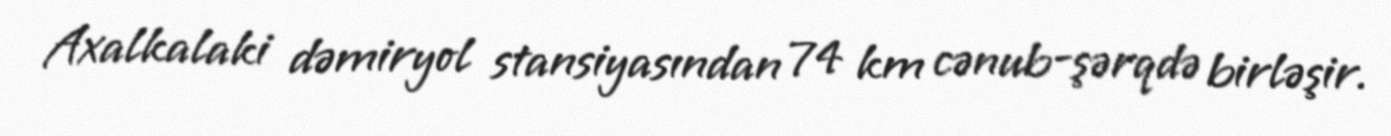
Axalkalaki dəmiryol stansiyasından 74 km cənub-şərqdə birləşir.